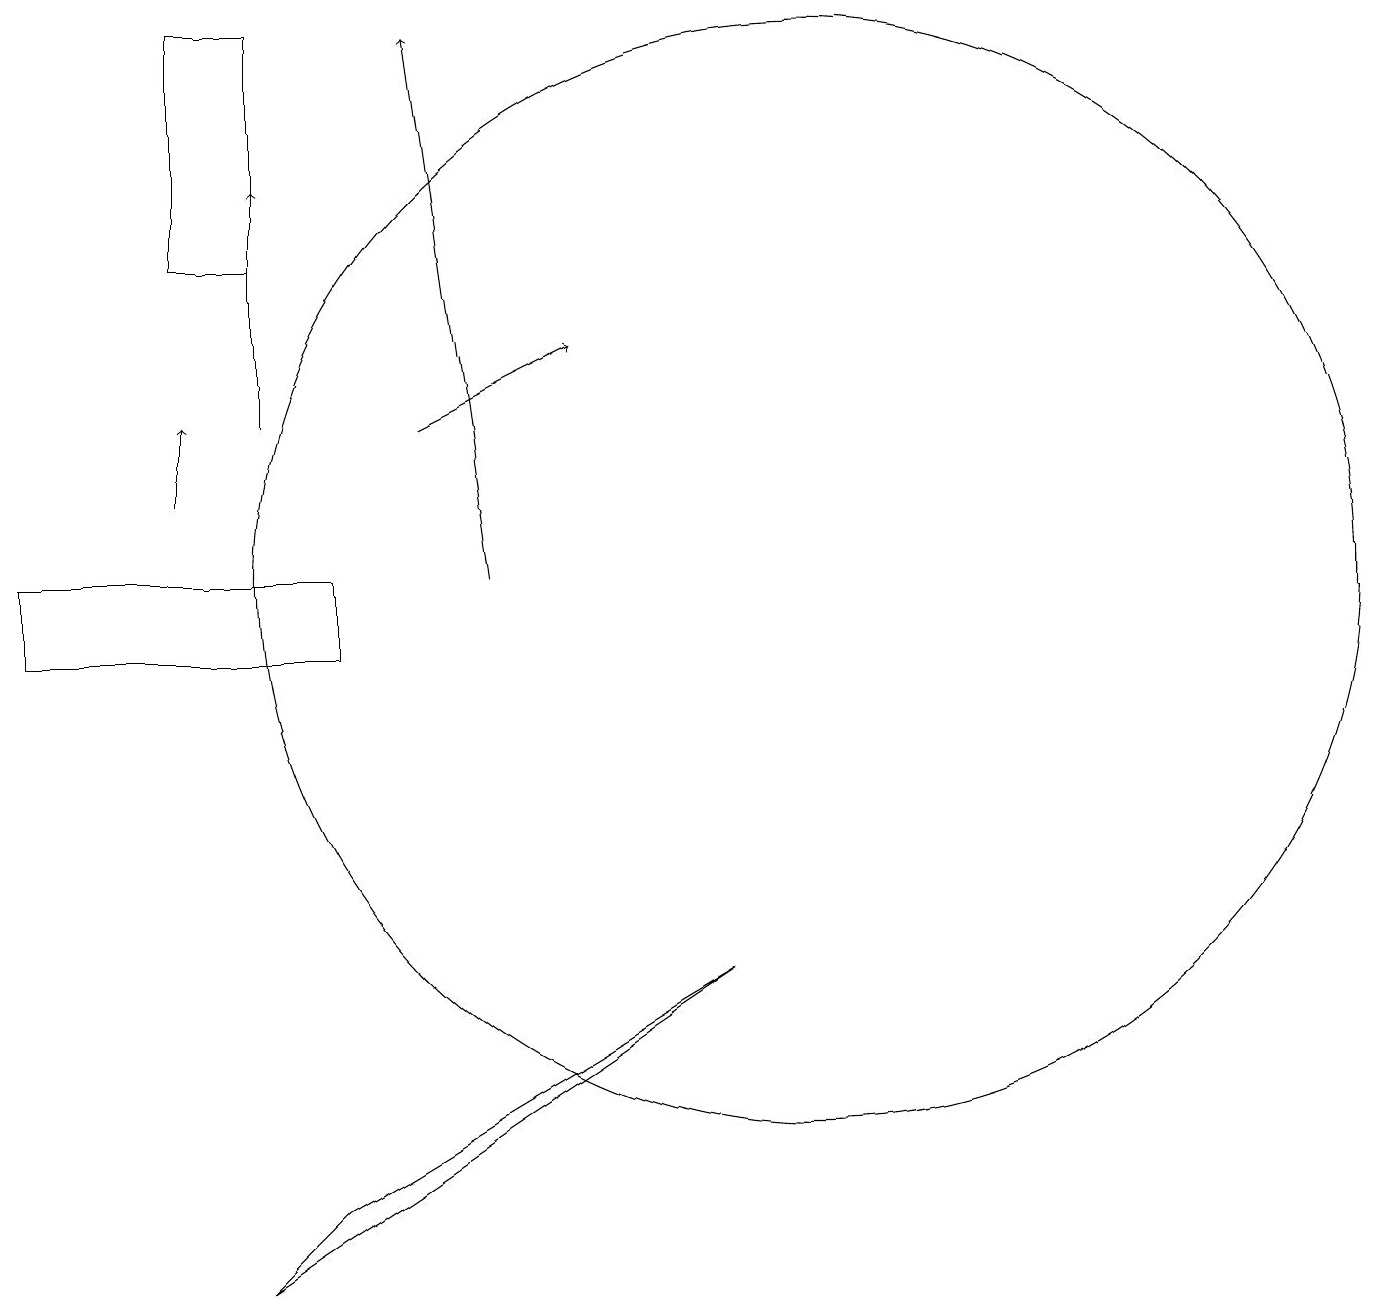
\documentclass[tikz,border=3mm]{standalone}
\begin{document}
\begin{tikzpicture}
\draw[->] (5,14) -- (7,15);
\draw[->] (2,13) -- (2,14);
\draw[->] (3,14) -- (3,17);
\draw (3,3) -- (9,7) -- (4,4) -- cycle;
\draw (3,19) rectangle (2,16);
\draw (4,11) rectangle (0,12);
\draw (10,12) circle (7);
\draw[->] (6,12) -- (5,19);
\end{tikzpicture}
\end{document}